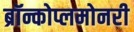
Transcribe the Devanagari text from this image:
ब्रॉन्कोप्लमोनरी